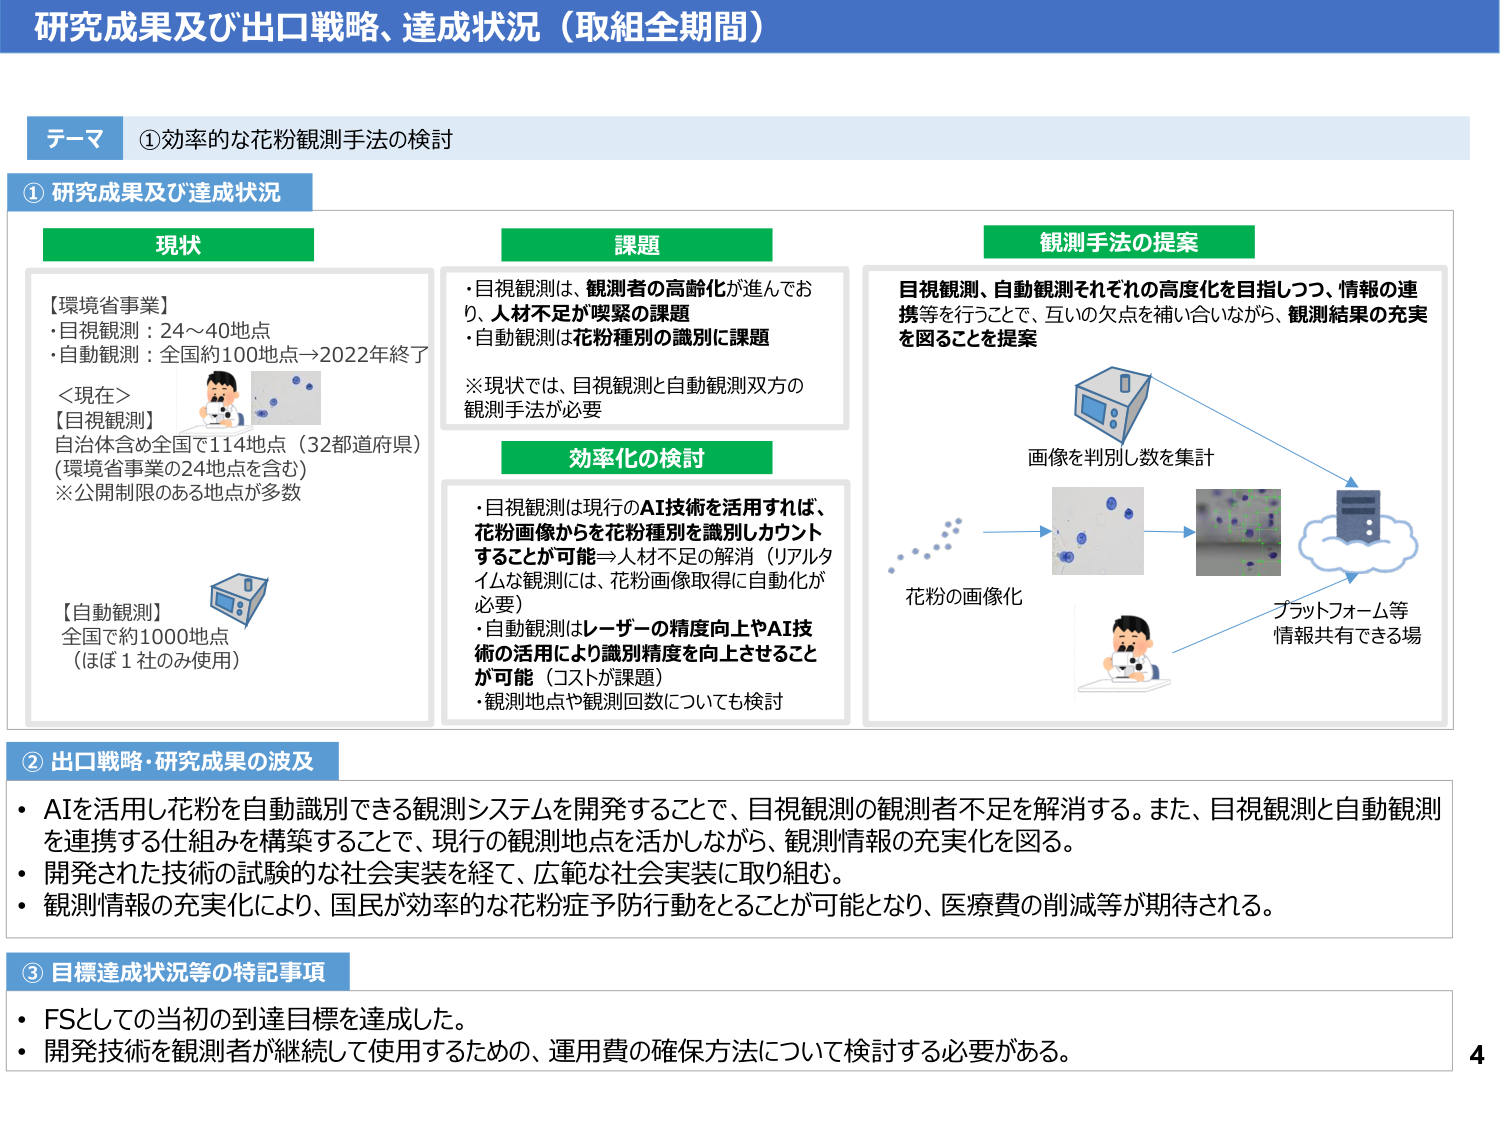
研究成果及び出口戦略、達成状況（取組全期間）

テーマ ①効率的な花粉観測手法の検討

① 研究成果及び達成状況

現状
【環境省事業】
・目視観測：24～40地点
・自動観測：全国約100地点→2022年終了

＜現在＞
【目視観測】
自治体含め全国で114地点（32都道府県）
（環境省事業の24地点を含む）
※公開制限のある地点が多数

【自動観測】
全国で約1000地点
（ほぼ1社のみ使用）

課題
・目視観測は、観測者の高齢化が進んでおり、人材不足が喫緊の課題
・自動観測は花粉種別の識別に課題

※現状では、目視観測と自動観測双方の観測手法が必要

効率化の検討
・目視観測は現行のAI技術を活用すれば、花粉画像からを花粉種別を識別しカウントすることが可能⇒人材不足の解消（リアルタイムな観測には、花粉画像取得に自動化が必要）
・自動観測はレーザーの精度向上やAI技術の活用により識別精度を向上させることができる（コストが課題）
・観測地点や観測回数についても検討

観測手法の提案
目視観測、自動観測それぞれの高度化を目指しつつ、情報の連携等を行うことで、互いの欠点を補い合いながら、観測結果の充実を図ることを提案

花粉の画像化
画像を判別し数を集計
プラットフォーム等
情報共有できる場

② 出口戦略・研究成果の波及
・AIを活用し花粉を自動識別できる観測システムを開発することで、目視観測の観測者不足を解消する。また、目視観測と自動観測を連携する仕組みを構築することで、現行の観測地点を活かしながら、観測情報の充実化を図る。
・開発された技術の試験的な社会実装を経て、広範な社会実装に取り組む。
・観測情報の充実化により、国民が効率的な花粉症予防行動をとることが可能となり、医療費の削減等が期待される。

③ 目標達成状況等の特記事項
・FSとしての当初の到達目標を達成した。
・開発技術を観測者が継続して使用するための、運用費の確保方法について検討する必要がある。

4